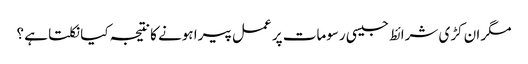
مگر ان کڑی شرائط جیسی رسومات پر عمل پیرا ہونے کا نتیجہ کیا نکلتا ہے ؟